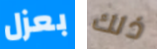
بعزل ذلك